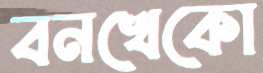
বনখেকো